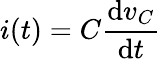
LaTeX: i(t)=C{\frac{\mathrm{d}v_{C}}{\mathrm{d}t}}